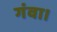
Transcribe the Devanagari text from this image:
गंवा।